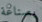
بصناعة